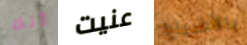
أنك عنيت بالأشباح